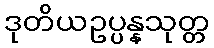
ဒုတိယဥပ္ပန္နသုတ္တ